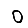
Digit: 0